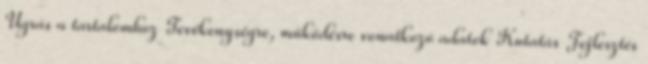
Ugrás a tartalomhoz Tevékenységre, működésre vonatkozó adatok Kutatás Fejlesztés